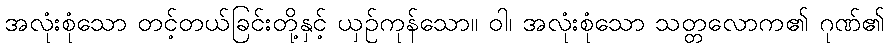
အလုံးစုံသော တင့်တယ်ခြင်းတို့နှင့် ယှဉ်ကုန်သော။ ဝါ၊ အလုံးစုံသော သတ္တလောက၏ ဂုဏ်၏